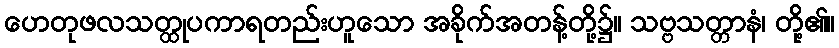
ဟေတုဖလသတ္ထုပကာရတည်းဟူသော အခိုက်အတန့်တို့၌။ သဗ္ဗသတ္တာနံ၊ တို့၏။